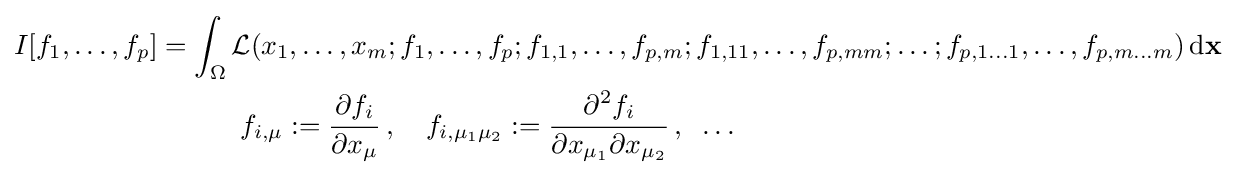
{\begin{aligned}I[f_{1},\ldots ,f_{p}]&=\int _{\Omega }{\mathcal {L}}(x_{1},\ldots ,x_{m};f_{1},\ldots ,f_{p};f_{1,1},\ldots ,f_{p,m};f_{1,11},\ldots ,f_{p,mm};\ldots ;f_{p,1\ldots 1},\ldots ,f_{p,m\ldots m})\,\mathrm {d} \mathbf {x} \\&\qquad \quad f_{i,\mu }:={\cfrac {\partial f_{i}}{\partial x_{\mu }}}\;,\quad f_{i,\mu _{1}\mu _{2}}:={\cfrac {\partial ^{2}f_{i}}{\partial x_{\mu _{1}}\partial x_{\mu _{2}}}}\;,\;\;\dots \end{aligned}}